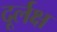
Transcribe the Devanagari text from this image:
दूर्लक्ष